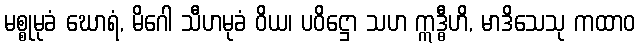
မစ္စုမုခံ ဃောရံ, မိဂေါ သီဟမုခံ ဝိယ၊ ပဝိဋ္ဌော သဟ ဣဒ္ဓီဟိ, မာဒိသေသု ကထာဝ